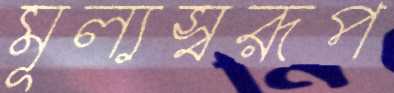
মূল্যস্বরূপ